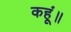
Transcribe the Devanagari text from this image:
कहूं॥